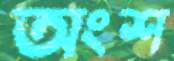
অংশ